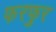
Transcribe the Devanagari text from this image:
फरफुर